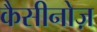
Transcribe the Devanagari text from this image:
कैसीनोज़